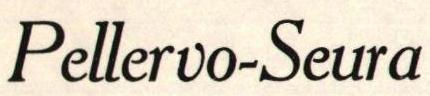
Pellervo-Seura